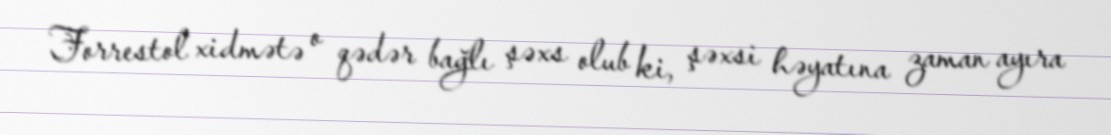
Forrestol xidmətə o qədər bağlı şəxs olub ki, şəxsi həyatına zaman ayıra